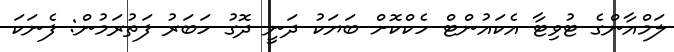
ލަމްއާންގެ ޓުވިޓާ އެކައުންޓް ހެކްކޮށް ބަޔަކު ދަނީ ދޮގު ހަބަރު ފަތުރަމުން: ފެނަކަ